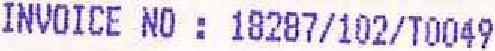
INVOICE NO : 18287/102/T0049